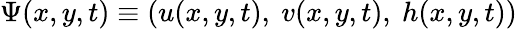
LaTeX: \Psi(x,y,t)\equiv(u(x,y,t),~v(x,y,t),~h(x,y,t))